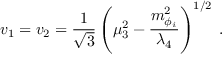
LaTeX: v _ { 1 } = v _ { 2 } = \frac { 1 } { \sqrt { 3 } } \left( \mu _ { 3 } ^ { 2 } - \frac { m _ { \phi _ { i } } ^ { 2 } } { \lambda _ { 4 } } \right) ^ { 1 / 2 } \; .